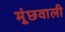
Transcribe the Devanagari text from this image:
मूंछवाली